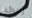
ينظف